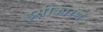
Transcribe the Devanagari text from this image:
इसीकारण